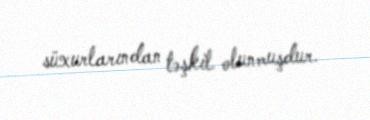
süxurlarından təşkil olunmuşdur.